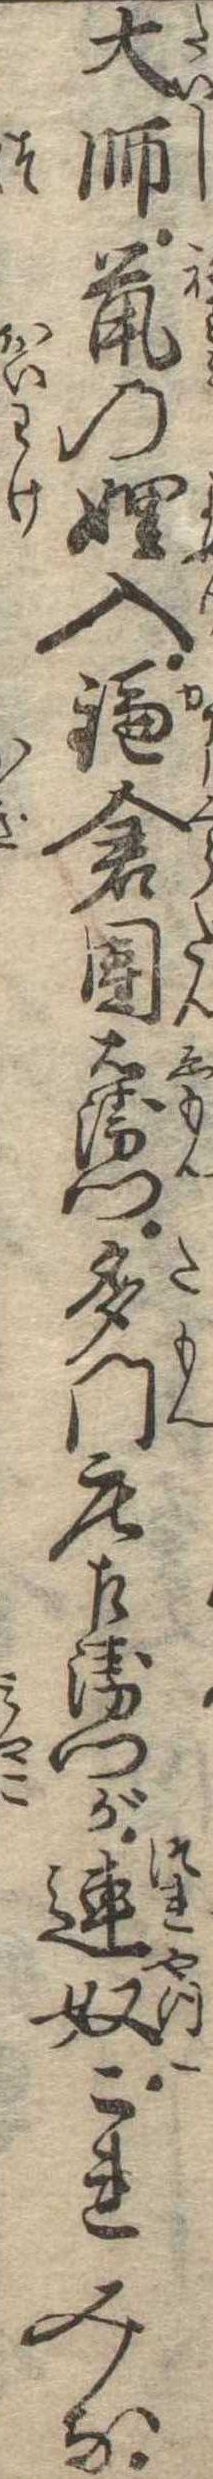
大師鼠の入鎌倉団右衛門多門荘左衛門が連奴これみな